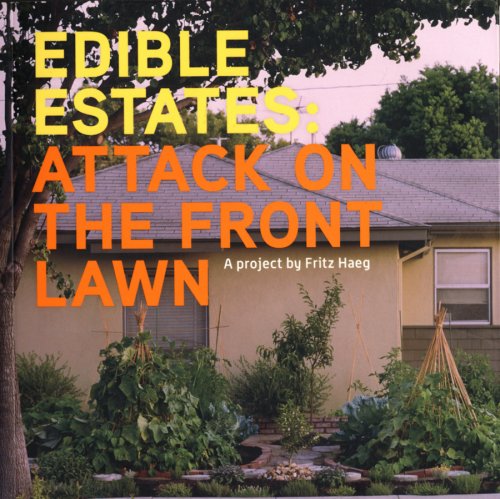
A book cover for Edible Estates: Attack on the Front Lawn, First Edition; Crafts, Hobbies & Home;